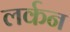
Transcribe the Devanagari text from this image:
लर्कन